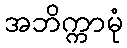
အဘိက္ကာမုံ